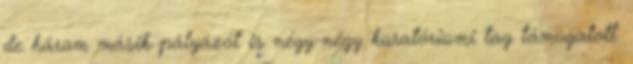
de három másik pályázót is négy-négy kuratóriumi tag támogatott.